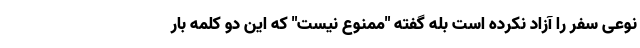
نوعی سفر را آزاد نکرده است بله گفته "ممنوع نیست" که این دو کلمه بار